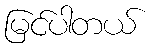
မြင်ပါတယ်